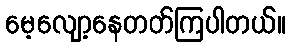
မေ့လျော့နေတတ်ကြပါတယ်။